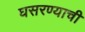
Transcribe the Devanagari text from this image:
घसरण्याची